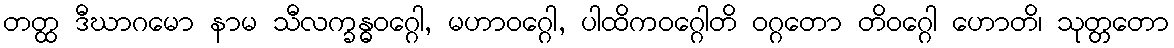
တတ္ထ ဒီဃာဂမော နာမ သီလက္ခန္ဓဝဂ္ဂေါ, မဟာဝဂ္ဂေါ, ပါထိကဝဂ္ဂေါတိ ဝဂ္ဂတော တိဝဂ္ဂေါ ဟောတိ၊ သုတ္တတော